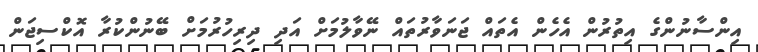
އިންސާނުންގެ އިތުރުން އެހެން އެތައް ޖަނަވާރުތައް ނޭވާލުމަށް އަދި ދިރިހުރުމަށް ބޭނުންކުރާ އޮކްސިޖަން